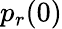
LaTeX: p_{r}(0)